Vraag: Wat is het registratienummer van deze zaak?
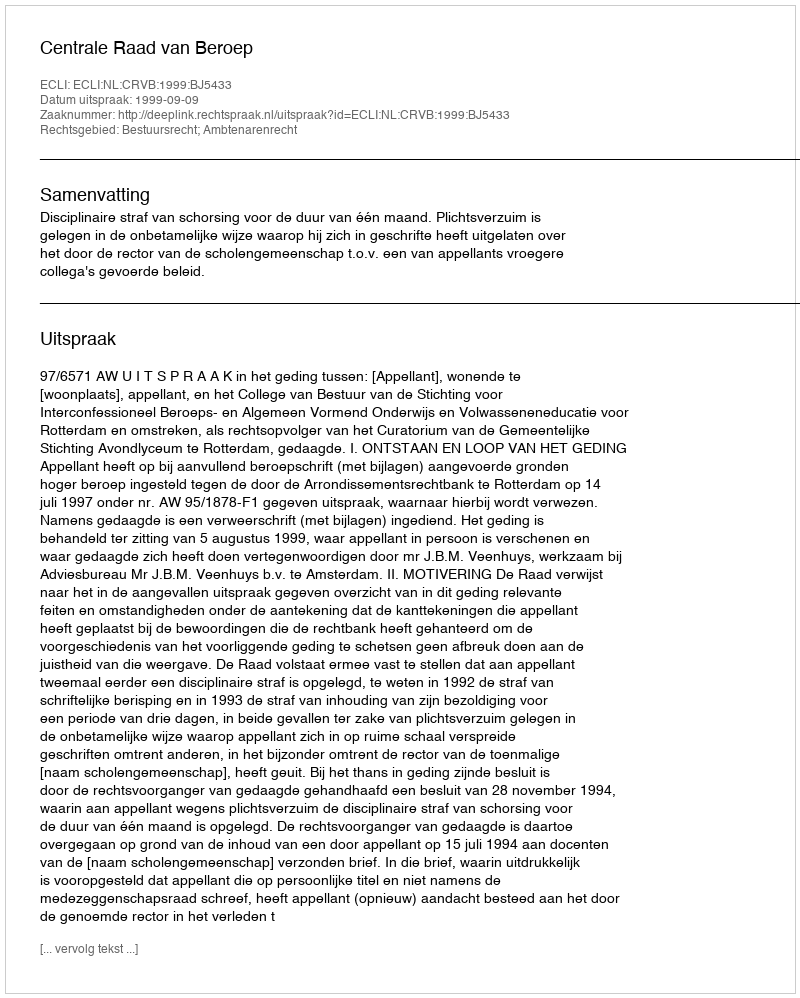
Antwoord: http://deeplink.rechtspraak.nl/uitspraak?id=ECLI:NL:CRVB:1999:BJ5433